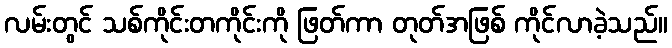
လမ်းတွင် သစ်ကိုင်းတကိုင်းကို ဖြတ်ကာ တုတ်အဖြစ် ကိုင်လာခဲ့သည်။